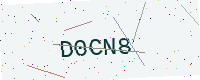
Text: D0CN8